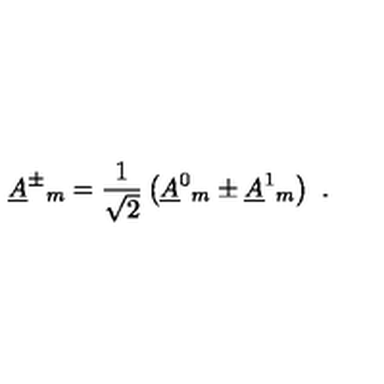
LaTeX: \underline { { A } } ^ { \pm } { } _ { m } = \frac { 1 } { \sqrt { 2 } } \left( \underline { { A } } ^ { 0 } { } _ { m } \pm \underline { { A } } ^ { 1 } { } _ { m } \right) \ .